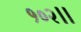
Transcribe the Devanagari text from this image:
१०२।।